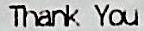
THANK YOU